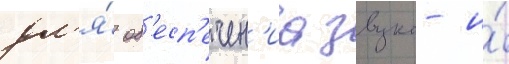
дл'я́ об'есп'ечен'иа звуко- и́